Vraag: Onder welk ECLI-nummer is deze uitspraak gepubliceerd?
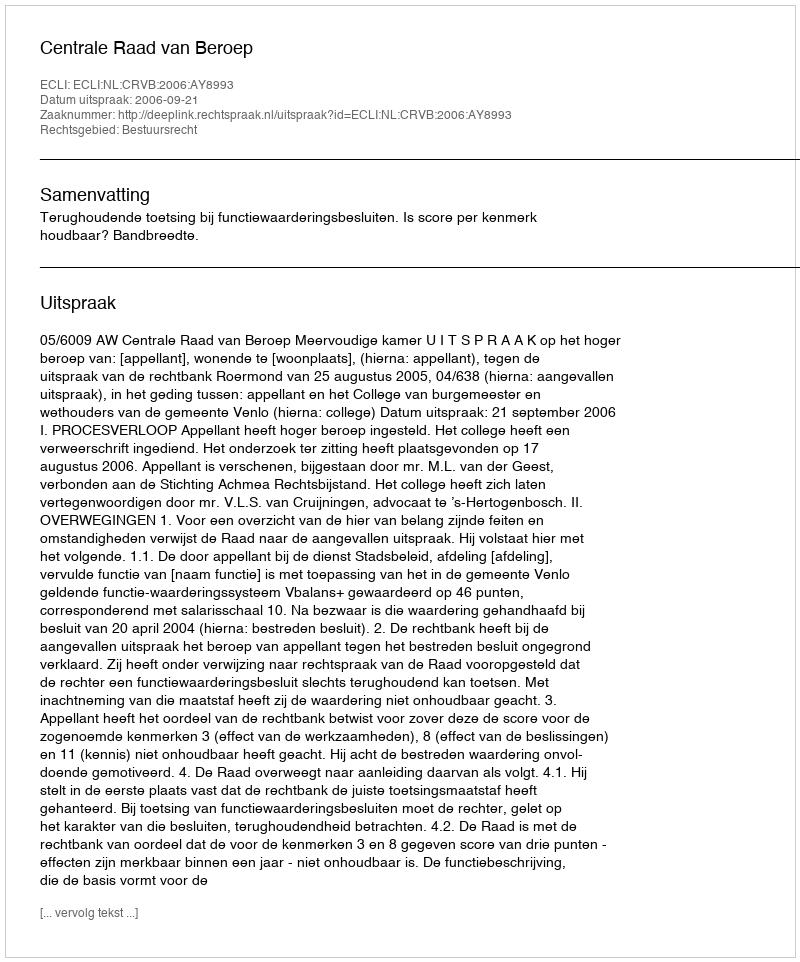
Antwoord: ECLI:NL:CRVB:2006:AY8993